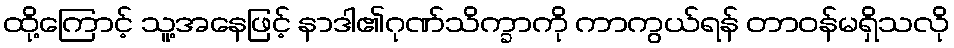
ထို့ကြောင့် သူ့အနေဖြင့် နာဒါ၏ဂုဏ်သိက္ခာကို ကာကွယ်ရန် တာဝန်မရှိသလို